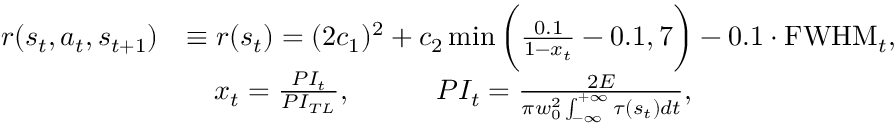
\begin{array} { r l } { r ( s _ { t } , a _ { t } , s _ { t + 1 } ) } & { \equiv r ( s _ { t } ) = ( 2 c _ { 1 } ) ^ { 2 } + c _ { 2 } \operatorname* { m i n } \bigg ( \frac { 0 . 1 } { 1 - x _ { t } } - 0 . 1 , 7 \bigg ) - 0 . 1 \cdot \mathrm { F W H M } _ { t } , } \\ & { \quad x _ { t } = \frac { P I _ { t } } { P I _ { T L } } , \qquad \quad P I _ { t } = \frac { 2 E } { \pi w _ { 0 } ^ { 2 } \int _ { - \infty } ^ { + \infty } \tau ( s _ { t } ) d t } , } \end{array}